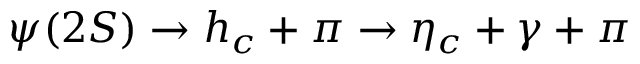
\psi ( 2 S ) \to h _ { c } + \pi \to \eta _ { c } + \gamma + \pi